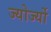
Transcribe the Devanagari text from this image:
ज्योर्ज्यो